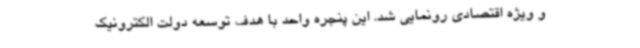
و ویژه اقتصادی رونمایی شد. این پنجره واحد با هدف توسعه دولت الکترونیک